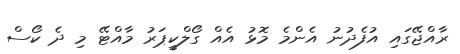
ރާއްޖޭގައި އުފެދުނު އެންމެ މޮޅު އެއް ގޯލްކީޕަރު މާއްޓޭ މި ދެ ކޯސް